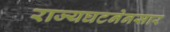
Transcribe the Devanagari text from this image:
राज्यघटनेनसार